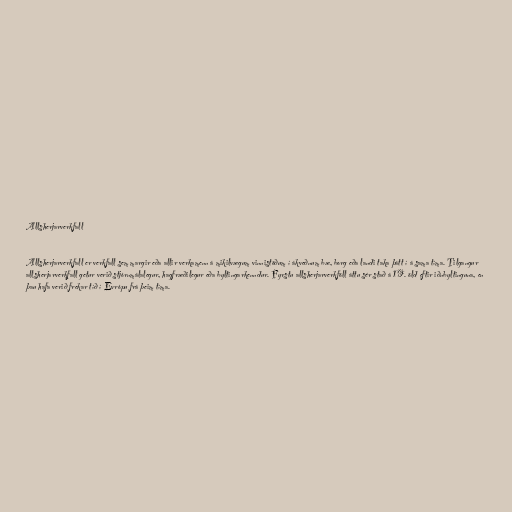
Allsherjarverkfall

Allsherjarverkfall er verkfall sem margir eða allir verkamenn á mikilvægum vinnistöðum í ákveðnum bæ, borg eða landi taka þátt í á sama tíma. Tilgangur
allsherjarverkfall getur verið stjórnmálalegur, hagfræðilegur eða byltingarkenndur. Fyrstu allsherjarverkföll áttu sér stað á 19. öld eftir iðnbyltinguna, en
þau hafa verið frekar tíð í Evrópu frá þeim tíma.